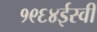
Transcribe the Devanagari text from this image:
१९६४ईस्वी